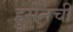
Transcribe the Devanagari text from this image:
हुसेनची